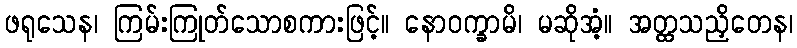
ဖရုသေန၊ ကြမ်းကြုတ်သောစကားဖြင့်။ နောဝက္ခာမိ၊ မဆိုအံ့။ အတ္ထသညှိတေန၊